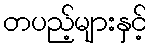
တပည့်များနှင့်